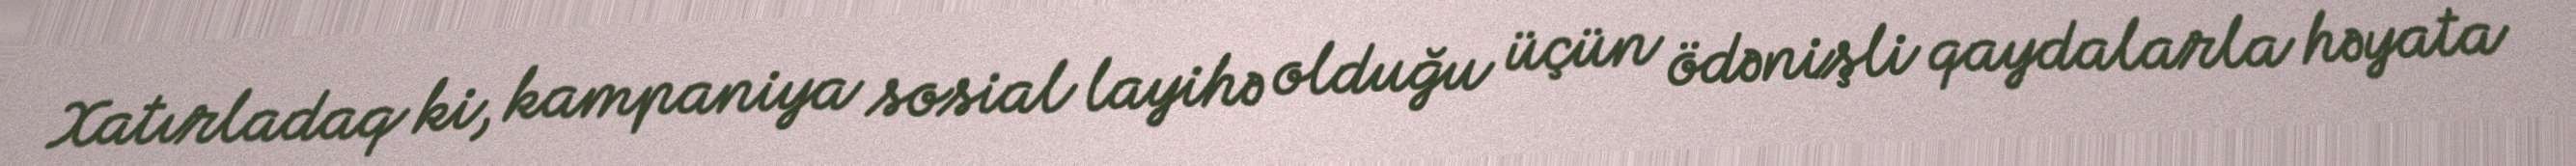
Xatırladaq ki, kampaniya sosial layihə olduğu üçün ödənişli qaydalarla həyata